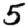
Digit: 5